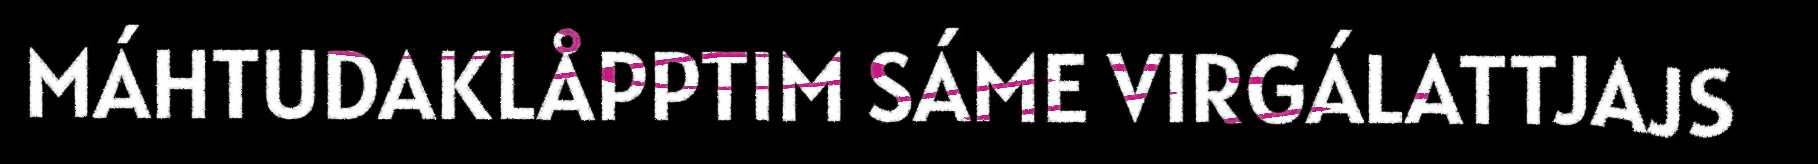
MÁHTUDAKLÅPPTIM SÁME VIRGÁLATTJAJS